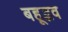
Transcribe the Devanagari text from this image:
बहूद्भव